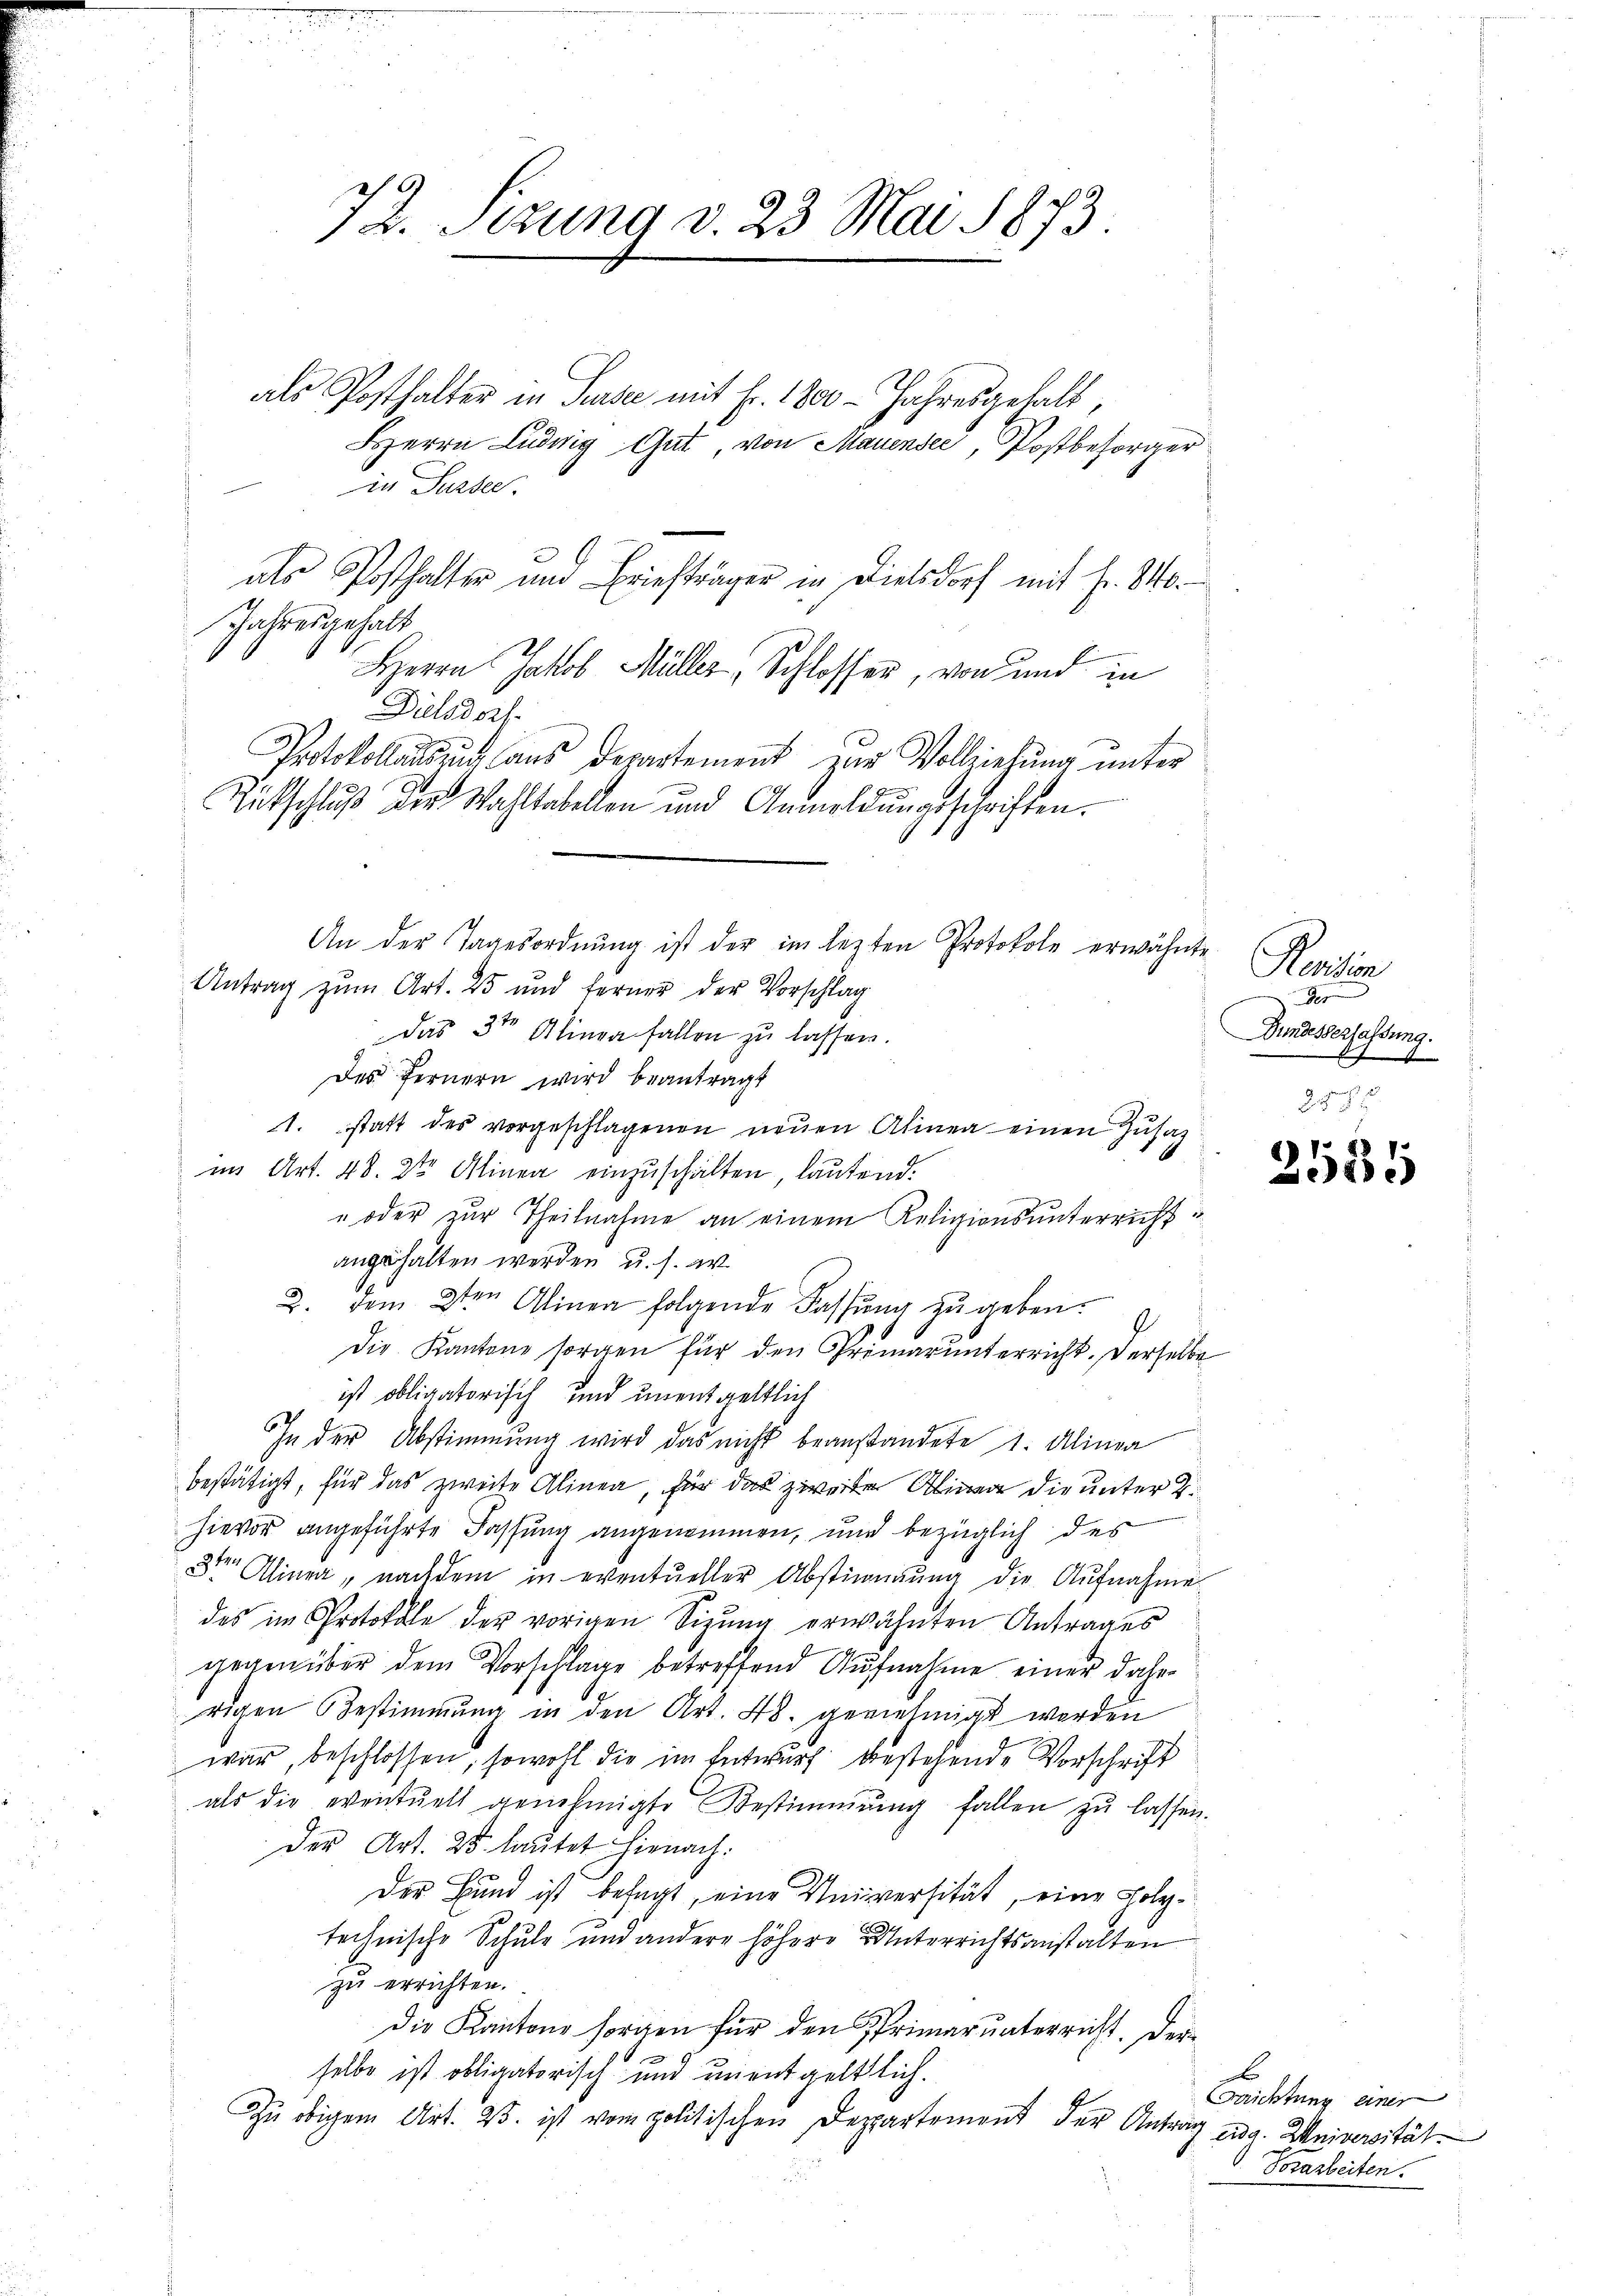
72. Sitzung v. 23. Mai 1873

als Posthalter in Surse mit Fr. 1800 - Jahresgehalt,
Berrn Ludwig Gut, von Mauensee, Postbesorger
in Surse.
als Posthalter und Briefträger in Dielsdorf mit Fr. 80.
Jahresgehalt
Herrn Jakob Müller, Schlosser, von und in
Dielsdorf.
Protokollauszug aus Departement zur Vollziehung unter
Rückschluß der Wahltabellen und Anmeldŭngsschriften.
Antrag zum Art. 25 und ferner der Vorschlag
das 3te Alinea fallen zu lassen.
des Fernern wird beantragt
1. statt des vorgeschlagenen neŭen Alinea einen Zusag
im Art. 48. 2te Alinea einzuschalten, lautend.
" oder zur Theilnahme an einem Religionsunterrichtangehalten werden u. s. w.
2. dem 2ten Alinea folgende Fassŭng zŭ geben.
9
Die Kantone sorgen für den Primarunterricht. Derselbe
ist obligatorisch und unentgeltlich
In der Abstimmung wird das nicht beanstandete 1. Alinea
bestätigt, für das zweite Alinea, für das zweite Alinea die unter B.
hievor angeführte Fassung angenommen, und bezüglich des
8te Alinea, nachdem in eventueller Abstimmung die Aŭfnahme
des im Protokole der vorigen Sizŭng erwähnten Antrages
gegenüber dem Vorschlage betreffend Aufnahme einer daher
rigen Bestimmung in den Art. 48. genehmigt worden
war, beschlossen, sowohl die im Entwurf bestehende Vorschrift
als die eventuell genehmigte Bestimmung fallen zu lassen.
Der Art. 25 lautet hienach:
Der Bund ist besagt, eine Universität, eine Folgtechnische Schule und andere höhere Unterrichtsanstalten
zu errichten.
die Kantone sorgen für den Primarunterricht. Derselbe ist obligatorisch und unentgeltlich.
Zu obigem Art. 25. ist vom politischen Deppartement der Antrag zwa. Universität

An der Tagesordnung ist der im lezten Protokole erwähnte

Pensin
Der
Dundesserfassung.

e
3

be
Erichtung einer
. Vorarbeiten.